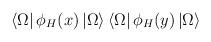
LaTeX: \begin{align*}\left< \Omega \right| \phi _{H}(x)\left| \Omega \right> \left< \Omega \right| \phi _{H}(y)\left| \Omega \right>\end{align*}